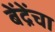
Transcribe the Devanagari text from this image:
बेंद्रेंचा